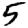
Digit: 5